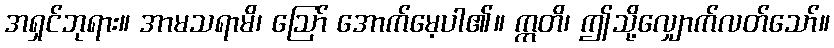
အရှင်ဘုရား။ အာမသရာမိ၊ ဩော် အောက်မေ့ပါ၏။ ဣတိ၊ ဤသို့လျှောက်လတ်သော်။